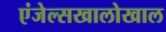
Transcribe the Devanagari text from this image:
एंजेल्सखालोखाल